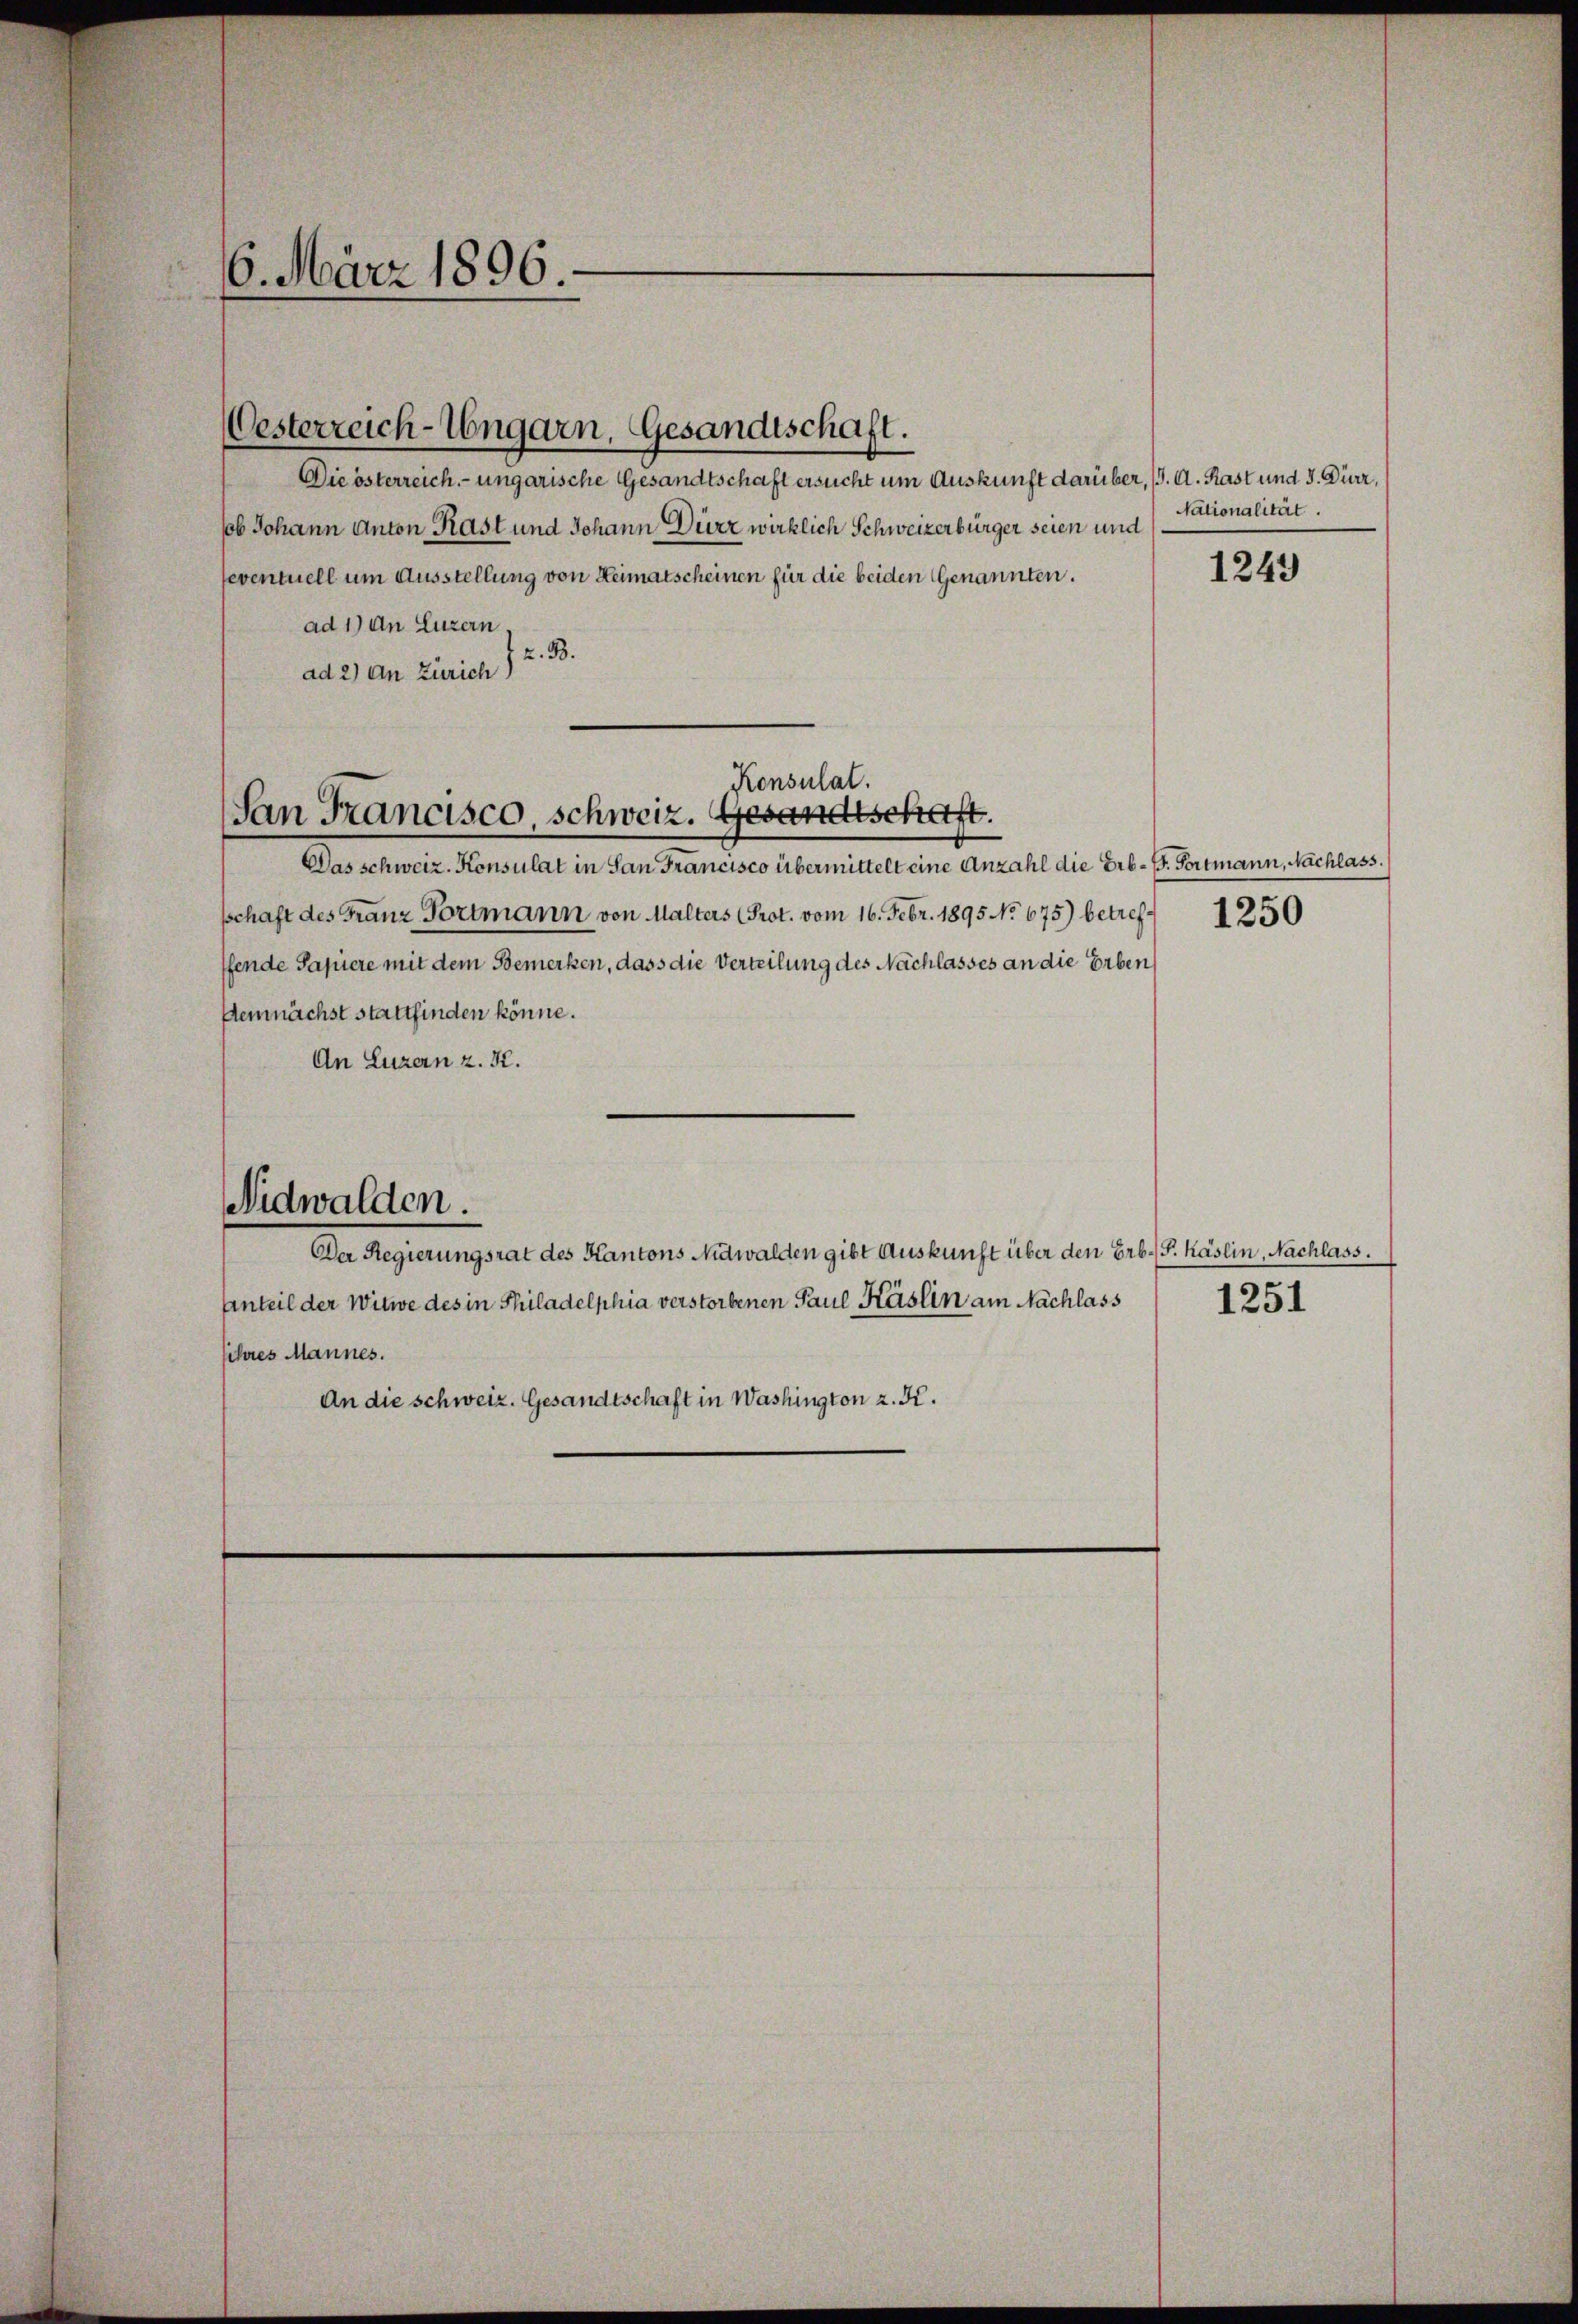
6. März 1896

Oesterreich-Ungarn, Gesandtschaft.

Die österreich- ungarische Gesandtschaft ersucht um Auskunft darüber, 6. A. Rast und J. Dürr,
sob Johann Anton Kast und Johann Dürr wirklich Schweizerbürger seien und
eventuell um Ausstellung von Heimatscheinen für die beiden Genannten.
ad 1) An Luzern,
z. B.
ad 2) an Zürich)

Konsulat.
San Francisco, schweiz. Gesandtschaft.

Das schweiz. Konsulat in San Francisco übermittelt eine Anzahl die Erb- G. Fortmann, Nachlass.
schaft des Franz Portmann von Malters (Prot. vom 16. Febr. 1895 No 675) betreff 1250
ffende Papiere mit dem Bemerken, dass die Verteilung des Nachlasses an die Erben
demnächst stattfinden könne.
An Luzern z. K.
Nidwalden.
Der Regierungsrat des Kantons Nidwalden gibt Auskunft über den Erb. P. Käslin, Nachlass.
Anteil der Witwe des in Philadelphia verstorbenen Paul Käslin am Nachlass
sihres Mannes.
An die schweiz. Gesandtschaft in Washington z. K.

Nationalität.

1249

1251